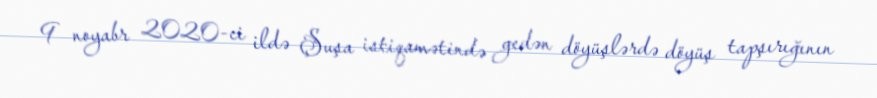
9 noyabr 2020-ci ildə Şuşa istiqamətində gedən döyüşlərdə döyüş tapşırığının